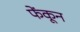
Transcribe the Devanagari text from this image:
फेंकून